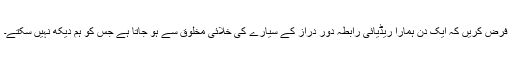
فرض کریں کہ ایک دن ہمارا ریڈیائی رابطہ دور دراز کے سیارے کی خلائی مخلوق سے ہو جاتا ہے جس کو ہم دیکھ نہیں سکتے۔